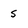
Character: 5